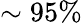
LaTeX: \sim 95\%